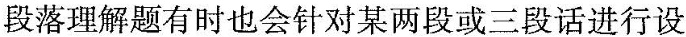
段落理解题有时也会针对某两段或三段话进行设